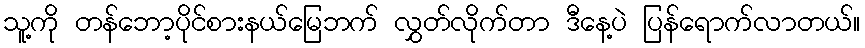
သူ့ကို တန်ဘော့ပိုင်စားနယ်မြေဘက် လွှတ်လိုက်တာ ဒီနေ့ပဲ ပြန်ရောက်လာတယ်။